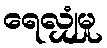
ရေလျှံမှု